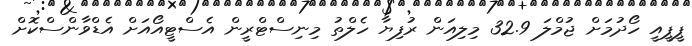
ޕީޕީއީ ހޯދުމަށް ޖުމްލަ 32.9 މިލިއަން ރުފިޔާ ހެލްތު މިނިސްޓްރީން އެސްޓީއޯއަށް އެޑްވާންސްކޮށް